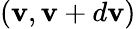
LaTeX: (\boldsymbol{\mathbf{v}},\boldsymbol{\mathbf{v}}+d\boldsymbol{\mathbf{v}})